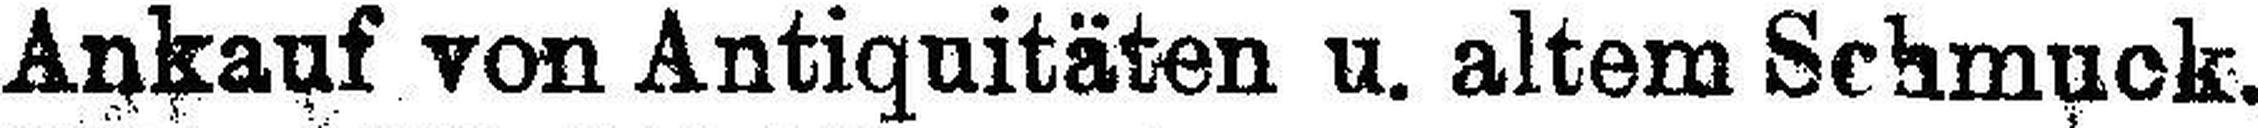
Ankauf von Antiquitäten u. altem Schmuck.